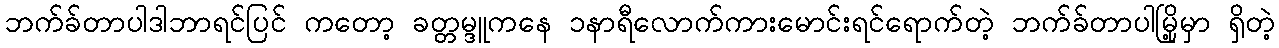
ဘက်ခ်တာပါဒါဘာရင်ပြင် ကတော့ ခတ္တမ္ဒူကနေ ၁နာရီလောက်ကားမောင်းရင်ရောက်တဲ့ ဘက်ခ်တာပါမြို့မှာ ရှိတဲ့